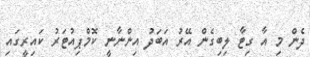
ދެން މި އާ ގިޓާ ލިބިގެން އޭރު އަބަދު އިންނާނީ ކޮމްޕިއުޓަރު ކައިރީގައި